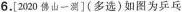
6.[2020佛山一测](多选)如 图为乒乓